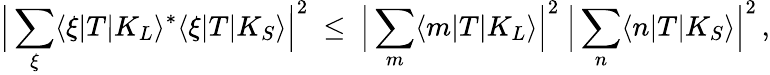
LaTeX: \Big|\sum_{\xi}\langle\xi|T|K_{L}\rangle^{*}\langle\xi|T|K_{S}\rangle\Big|^{2}\ \leq\ \Big|\sum_{m}\langle m|T|K_{L}\rangle\Big|^{2}\ \Big|\sum_{n}\langle n|T|K_{S}\rangle\Big|^{2}\, ,